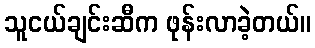
သူငယ်ချင်းဆီက ဖုန်းလာခဲ့တယ်။